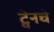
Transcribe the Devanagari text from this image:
ट्वेनचे